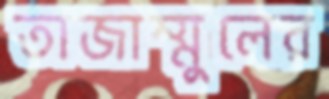
তাজাম্মুলের